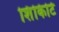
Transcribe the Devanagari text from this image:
शिंकिटि